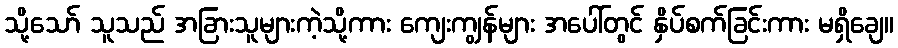
သို့သော် သူသည် အခြားသူများကဲ့သို့ကား ကျေးကျွန်များ အပေါ်တွင် နှိပ်စက်ခြင်းကား မရှိချေ။